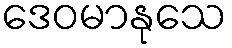
ဒေဝမာနုသေ